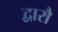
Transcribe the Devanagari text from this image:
द्वारौ